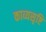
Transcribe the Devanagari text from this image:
काव्यसृष्टि